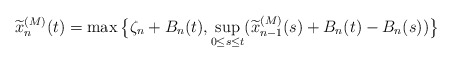
\begin{align*}\widetilde{x}_n^{(M)}(t)= \max\big\{\zeta_n+B_n(t),\sup_{0\leq s \leq t}(\widetilde{x}_{n-1}^{(M)}(s)+B_n(t)-B_n(s))\big\}\end{align*}